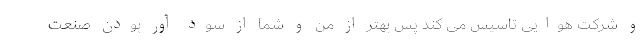
و شرکت هوایی تاسیس می کند پس بهتر از من و شما از سود آور بودن صنعت